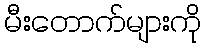
မီးတောက်များကို